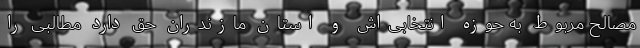
مصالح مربوط به حوزه انتخابی‌اش و استان مازندران حق دارد مطالبی را